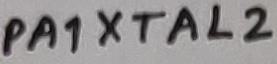
Text: PA1XTAL2